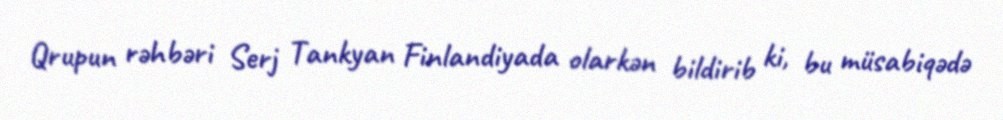
Qrupun rəhbəri Serj Tankyan Finlandiyada olarkən bildirib ki, bu müsabiqədə